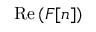
\operatorname { R e } { ( F [ n ] ) }